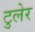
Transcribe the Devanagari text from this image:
टुलेर